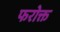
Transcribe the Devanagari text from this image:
फरोक्त